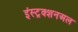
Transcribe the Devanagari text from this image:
इंस्ट्रक्शनअल